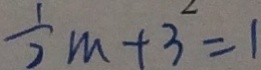
\frac { 1 } { 2 } m + 3 ^ { 2 } = 1